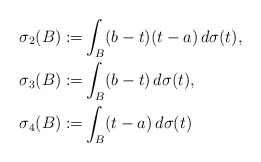
\begin{align*} \sigma_{2}(B):=&\int_{B}(b-t)(t-a)\, d\sigma(t), \\ \sigma_3(B):=&\int_{B}(b-t)\, d\sigma(t),\\ \sigma_4(B):=&\int_{B}(t-a)\, d\sigma(t)\end{align*}